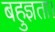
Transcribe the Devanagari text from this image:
बहुज्ञता।